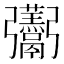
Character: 𮫛